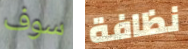
سوف نظافة